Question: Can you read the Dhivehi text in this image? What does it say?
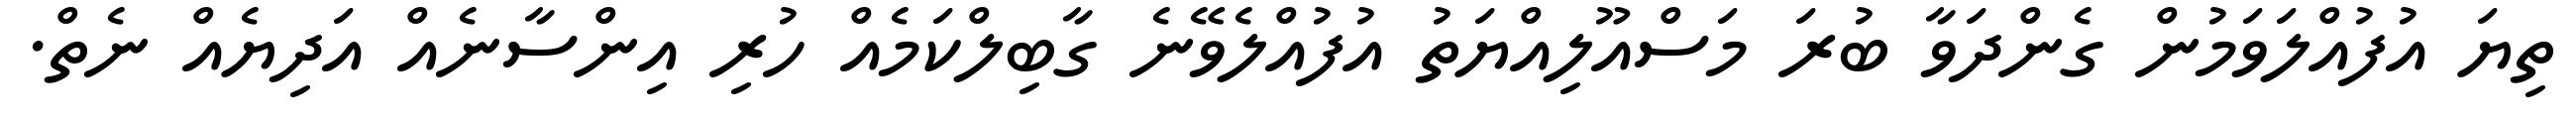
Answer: ތިޔަ އުފުއްލަވަމުން ގެންދަވާ ބުރަ މަސްއޫލިއްޔަތު އުފުއްލެވޭނެ ގާބިލްކަމެއް ހުރި އިންސާނެއް އަދިޔެއް ނެތް.